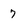
Character: 7